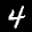
Label: 4